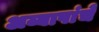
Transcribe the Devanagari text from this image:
अय्यापांचे